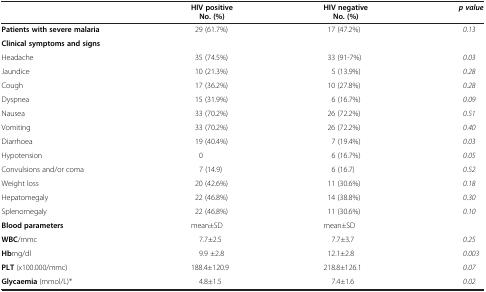
<table><thead><tr><td><b> </b></td><td><b>HIV positive</b></td><td><b>HIV negative</b></td><td><b><i>p value</i></b></td></tr><tr><td><b> </b></td><td><b>No. (%)</b></td><td><b>No. (%)</b></td><td><b> </b></td></tr></thead><tbody><tr><td><b>Patients with severe malaria</b></td><td>29 (61.7%)</td><td>17 (47.2%)</td><td><i>0.13</i></td></tr><tr><td><b>Clinical symptoms and signs</b></td><td> </td><td> </td><td> </td></tr><tr><td>Headache</td><td>35 (74.5%)</td><td>33 (91-7%)</td><td><i>0.03</i></td></tr><tr><td>Jaundice</td><td>10 (21.3%)</td><td>5 (13.9%)</td><td><i>0.28</i></td></tr><tr><td>Cough</td><td>17 (36.2%)</td><td>10 (27.8%)</td><td><i>0.28</i></td></tr><tr><td>Dyspnea</td><td>15 (31.9%)</td><td>6 (16.7%)</td><td><i>0.09</i></td></tr><tr><td>Nausea</td><td>33 (70.2%)</td><td>26 (72.2%)</td><td><i>0.51</i></td></tr><tr><td>Vomiting</td><td>33 (70.2%)</td><td>26 (72.2%)</td><td><i>0.40</i></td></tr><tr><td>Diarrhoea</td><td>19 (40.4%)</td><td>7 (19.4%)</td><td><i>0.03</i></td></tr><tr><td>Hypotension</td><td>0</td><td>6 (16.7%)</td><td><i>0.05</i></td></tr><tr><td>Convulsions and/or coma</td><td>7 (14.9)</td><td>6 (16.7)</td><td><i>0.52</i></td></tr><tr><td>Weight loss</td><td>20 (42.6%)</td><td>11 (30.6%)</td><td><i>0.18</i></td></tr><tr><td>Hepatomegaly</td><td>22 (46.8%)</td><td>14 (38.8%)</td><td><i>0.30</i></td></tr><tr><td>Splenomegaly</td><td>22 (46.8%)</td><td>11 (30.6%)</td><td><i>0.10</i></td></tr><tr><td><b>Blood parameters</b></td><td>mean±SD</td><td>mean±SD</td><td> </td></tr><tr><td><b>WBC</b>/mmc</td><td>7.7±2.5</td><td>7.7±3.7</td><td><i>0.25</i></td></tr><tr><td><b>Hb</b>mg/dl</td><td>9.9 ±2.8</td><td>12.1±2.8</td><td><i>0.003</i></td></tr><tr><td><b>PLT</b> (x100.000/mmc)</td><td>188.4±120.9</td><td>218.8±126.1</td><td><i>0.07</i></td></tr><tr><td><b>Glycaemia</b> (mmol/L)*</td><td>4.8±1.5</td><td>7.4±1.6</td><td><i>0.02</i></td></tr></tbody></table>